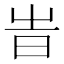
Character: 旹